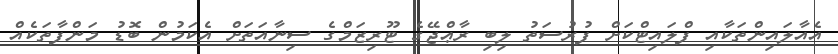
އެއާލައިންތަކާއި ފްލައިޓްކަށް ފުރުސަތު ލިބި ރާޢްޖޭގެ ޓޫރިޒަމްގެ ސިނާއަތަށް އެކަމުން ބޮޑު މަންފާތަކެއް